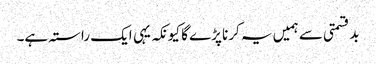
بدقسمتی سے ہمیں یہ کرنا پڑے گا کیونکہ یہی ایک راستہ ہے۔